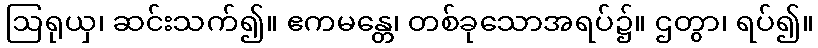
ဩရုယှ၊ ဆင်းသက်၍။ ဧကမန္တေ၊ တစ်ခုသောအရပ်၌။ ဌတွာ၊ ရပ်၍။